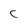
Character: C